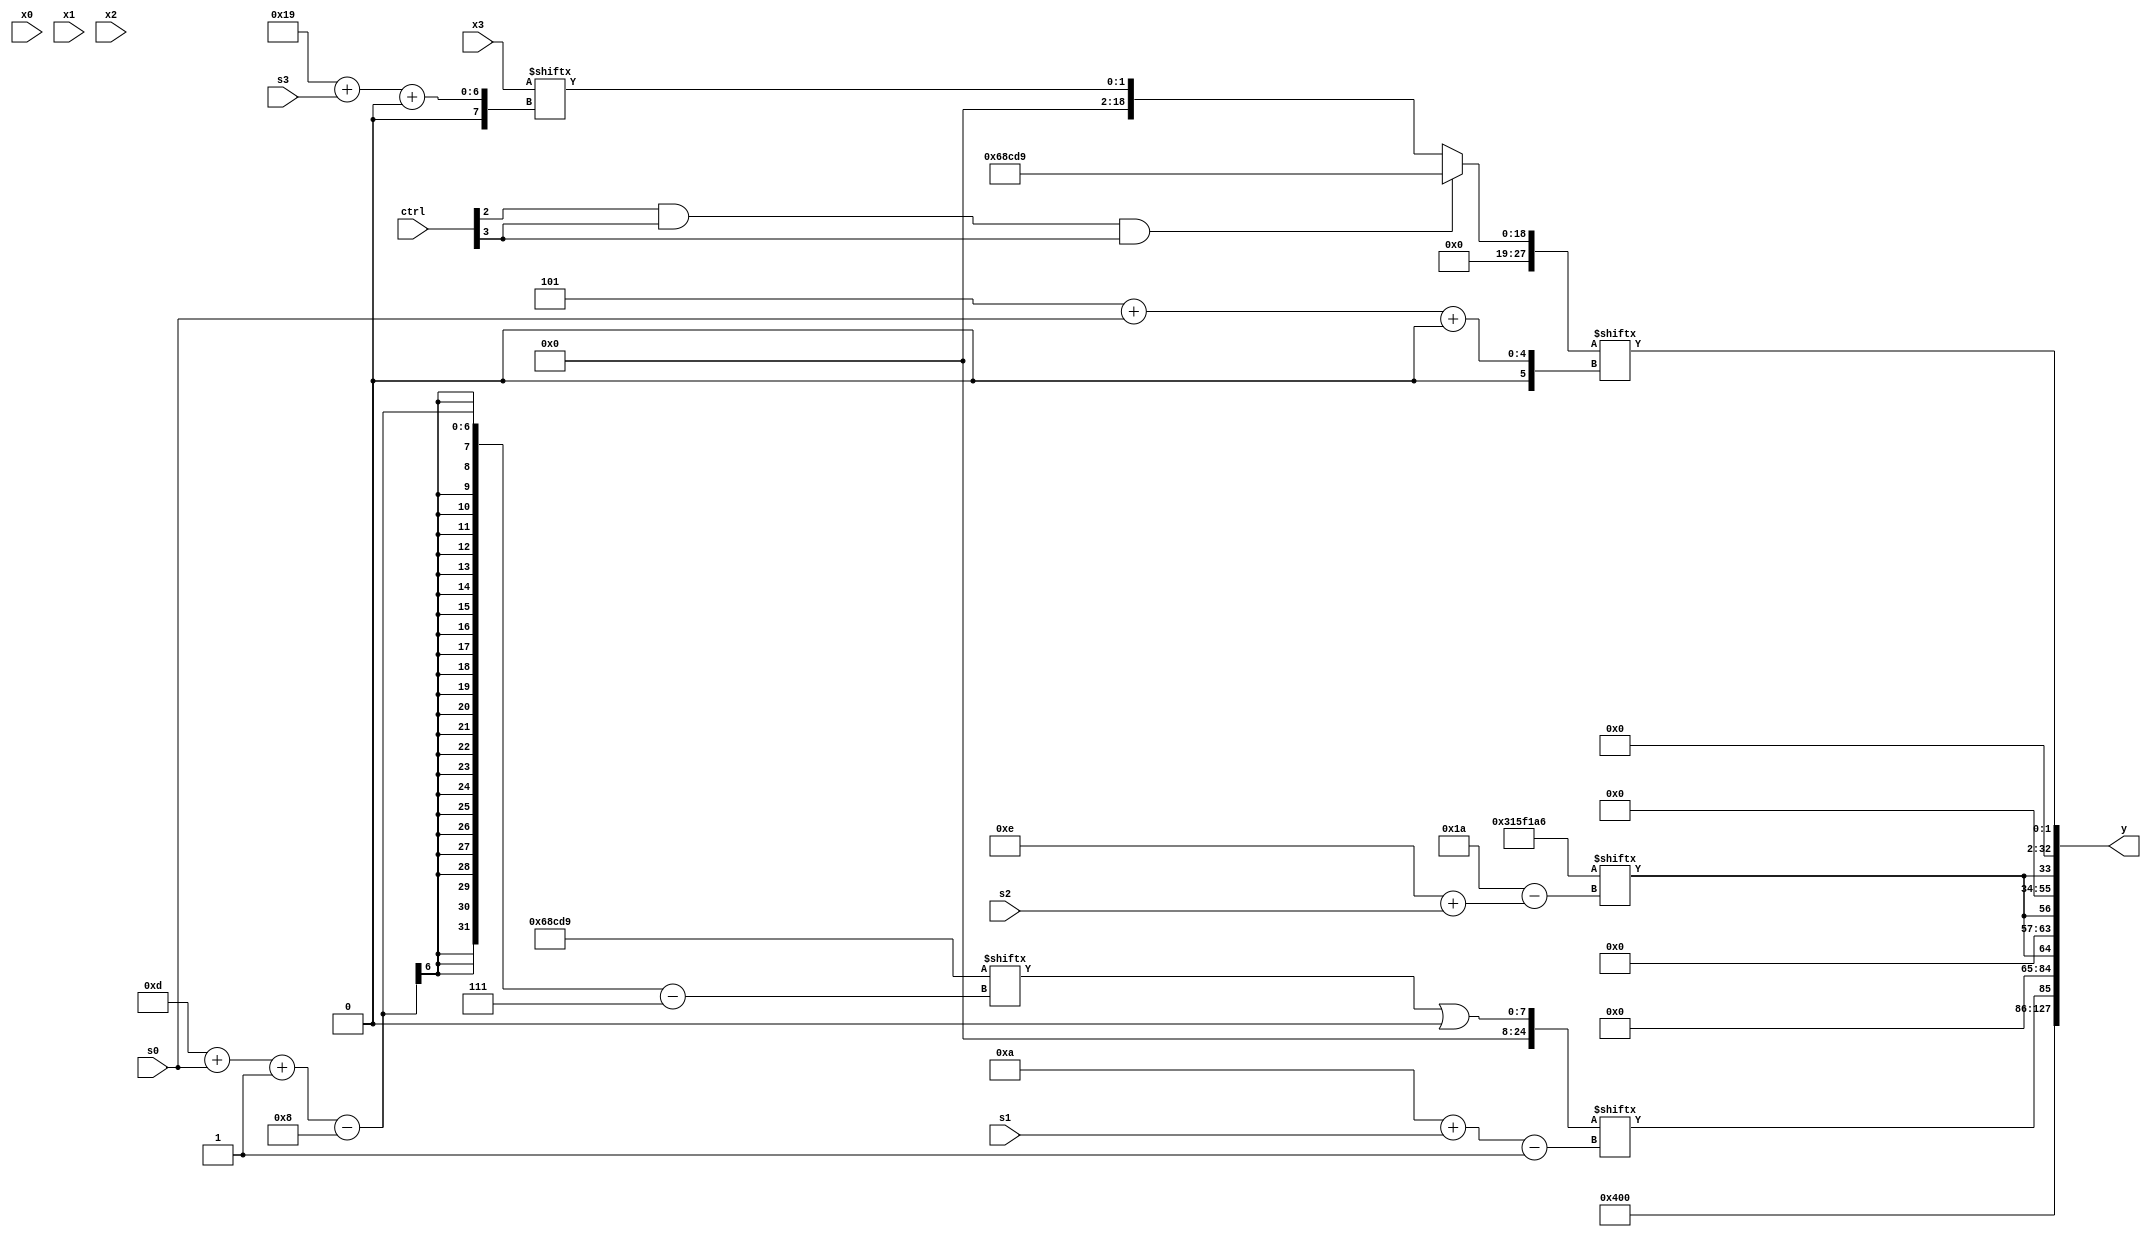
module partsel_00173(ctrl, s0, s1, s2, s3, x0, x1, x2, x3, y);
  input [3:0] ctrl;
  input [2:0] s0;
  input [2:0] s1;
  input [2:0] s2;
  input [2:0] s3;
  input signed [31:0] x0;
  input [31:0] x1;
  input signed [31:0] x2;
  input signed [31:0] x3;
  wire signed [27:0] x4;
  wire signed [6:26] x5;
  wire [27:4] x6;
  wire signed [27:6] x7;
  wire [24:2] x8;
  wire signed [6:30] x9;
  wire [31:5] x10;
  wire signed [1:26] x11;
  wire signed [5:31] x12;
  wire signed [6:26] x13;
  wire [30:2] x14;
  wire [25:1] x15;
  output [127:0] y;
  wire [31:0] y0;
  wire [31:0] y1;
  wire signed [31:0] y2;
  wire [31:0] y3;
  assign y = {y0,y1,y2,y3};
  localparam [0:26] p0 = 51769766;
  localparam [26:7] p1 = 315002073;
  localparam [2:25] p2 = 518220363;
  localparam [3:27] p3 = 770406121;
  assign x4 = (ctrl[2] && ctrl[3] && ctrl[3] ? p1 : x3[25 + s3 +: 2]);
  assign x5 = p0[14 + s2];
  assign x6 = (x5[10 + s3] & x0);
  assign x7 = p1[8 + s3 +: 2];
  assign x8 = {x5, p1[15]};
  assign x9 = p0[11 + s2 -: 6];
  assign x10 = (x3[22 -: 3] - x6);
  assign x11 = x0;
  assign x12 = p1[18 -: 4];
  assign x13 = (p0[16 -: 2] | x2);
  assign x14 = {x4[16 -: 2], x2[19 +: 4]};
  assign x15 = (p1[13 + s0 -: 8] | x12[9 +: 3]);
  assign y0 = p2[19 -: 2];
  assign y1 = {x15[10 + s1], x5};
  assign y2 = {2{x8}};
  assign y3 = x4[5 + s0 +: 2];
endmodule